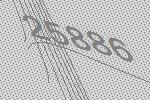
25886